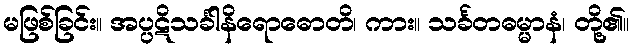
မဖြစ်ခြင်း။ အပ္ပဋိသင်္ခါနိရောဓောတိ၊ ကား။ သင်္ခတဓမ္မာနံ၊ တို့၏။